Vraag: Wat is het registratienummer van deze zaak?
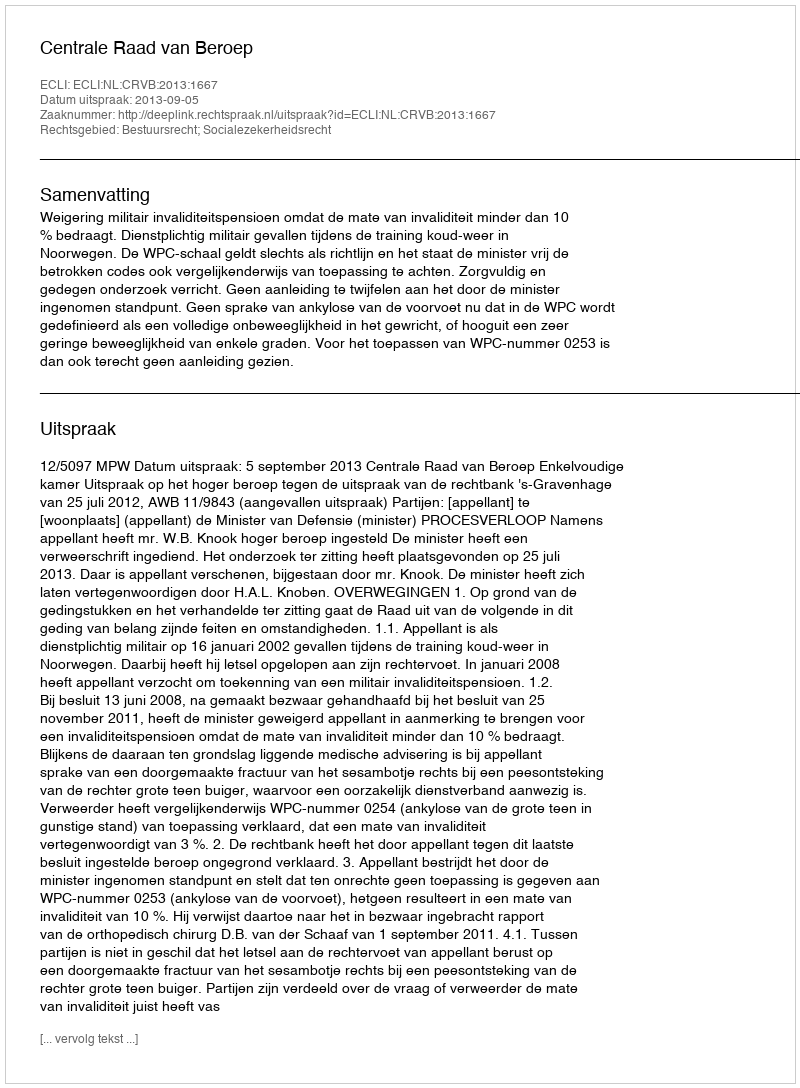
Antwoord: http://deeplink.rechtspraak.nl/uitspraak?id=ECLI:NL:CRVB:2013:1667